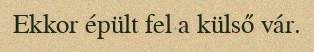
Ekkor épült fel a külső vár.